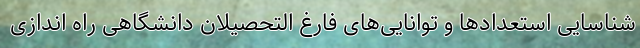
شناسایی استعداد‌ها و توانایی‌های فارغ التحصیلان دانشگاهی راه اندازی